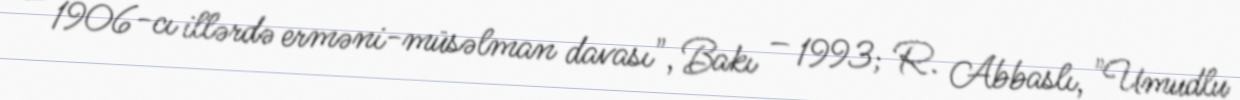
– 1906-cı illərdə erməni-müsəlman davası", Bakı – 1993; R. Abbaslı, "Umudlu